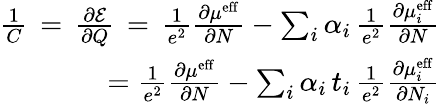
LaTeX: \begin{array}{r}{\frac{1}{C}\, =\, \frac{\partial\mathcal{E}}{\partial Q}\, =\, \frac{1}{e^{2}}\frac{\partial\mu^{\mathrm{eff}}}{\partial N}-\sum_{i}\alpha_{i}\, \frac{1}{e^{2}}\frac{\partial\mu_{i}^{\mathrm{eff}}}{\partial N}}\\ {=\frac{1}{e^{2}}\frac{\partial\mu^{\mathrm{eff}}}{\partial N}-\sum_{i}\alpha_{i}\, t_{i}\, \frac{1}{e^{2}}\frac{\partial\mu_{i}^{\mathrm{eff}}}{\partial N_{i}}}\end{array}